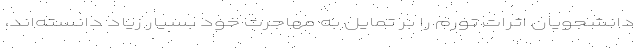
دانشجویان اثرات تورم را بر تمایل به مهاجرت خود بسیار زیاد دانسته‌اند،